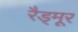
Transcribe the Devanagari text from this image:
रैड्मूर